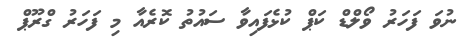
ނުވަ ފަހަރު ވޯލްޑް ކަޕް ކުޅެފައިވާ ސައުތު ކޮރެއާ މި ފަހަރު ގްރޫޕް